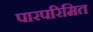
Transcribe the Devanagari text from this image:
पारपरिमित